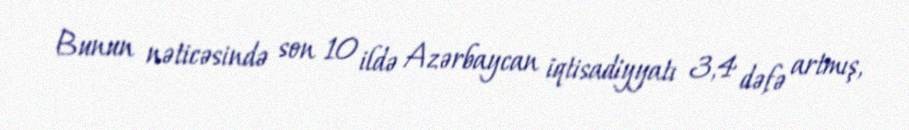
Bunun nəticəsində son 10 ildə Azərbaycan iqtisadiyyatı 3,4 dəfə artmış,